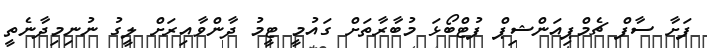
ފަށާ ސާފް ޗެމްޕިއަންޝިޕް ފުޓްބޯޅަ މުބާރާތަށް ގައުމީ ޓީމު ދާންވާއިރަށް ލީގު ނުނިމިދާނެތީ